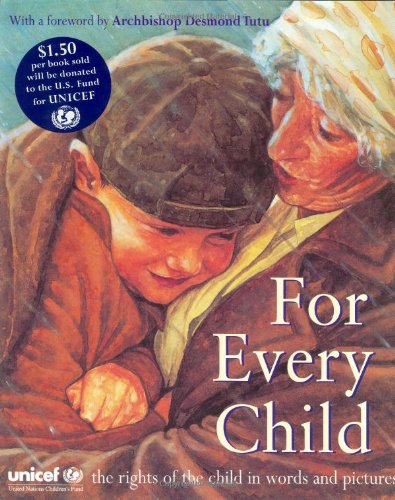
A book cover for For Every Child; Children's Books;